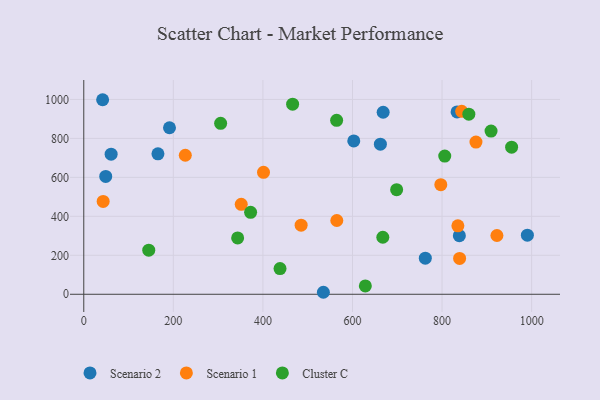
{"axis": {"x": "Study Hours", "y": "Demand"}, "legend": ["Cluster C", "Scenario 1", "Scenario 2"], "data": [{"x": "61.1", "y": 719.2, "type": "Scenario 2"}, {"x": "191.4", "y": 854.6, "type": "Scenario 2"}, {"x": "49.0", "y": 604.8, "type": "Scenario 2"}, {"x": "833.5", "y": 935.8, "type": "Scenario 2"}, {"x": "668.5", "y": 934.2, "type": "Scenario 2"}, {"x": "990.5", "y": 303.1, "type": "Scenario 2"}, {"x": "165.6", "y": 721.1, "type": "Scenario 2"}, {"x": "42.1", "y": 998.5, "type": "Scenario 2"}, {"x": "762.6", "y": 185.4, "type": "Scenario 2"}, {"x": "662.3", "y": 770.4, "type": "Scenario 2"}, {"x": "602.9", "y": 787.1, "type": "Scenario 2"}, {"x": "535.0", "y": 10.3, "type": "Scenario 2"}, {"x": "838.6", "y": 300.9, "type": "Scenario 2"}, {"x": "226.7", "y": 713.6, "type": "Scenario 1"}, {"x": "351.6", "y": 461.9, "type": "Scenario 1"}, {"x": "565.0", "y": 378.6, "type": "Scenario 1"}, {"x": "839.2", "y": 184.2, "type": "Scenario 1"}, {"x": "485.3", "y": 354.5, "type": "Scenario 1"}, {"x": "43.3", "y": 476.7, "type": "Scenario 1"}, {"x": "875.7", "y": 781.4, "type": "Scenario 1"}, {"x": "797.2", "y": 562.3, "type": "Scenario 1"}, {"x": "922.5", "y": 301.6, "type": "Scenario 1"}, {"x": "843.8", "y": 939.2, "type": "Scenario 1"}, {"x": "401.3", "y": 625.7, "type": "Scenario 1"}, {"x": "835.3", "y": 351.5, "type": "Scenario 1"}, {"x": "466.3", "y": 975.6, "type": "Cluster C"}, {"x": "955.3", "y": 755.2, "type": "Cluster C"}, {"x": "806.0", "y": 709.3, "type": "Cluster C"}, {"x": "859.8", "y": 924.4, "type": "Cluster C"}, {"x": "564.6", "y": 893.0, "type": "Cluster C"}, {"x": "305.6", "y": 877.5, "type": "Cluster C"}, {"x": "667.7", "y": 292.8, "type": "Cluster C"}, {"x": "438.2", "y": 132.0, "type": "Cluster C"}, {"x": "145.1", "y": 226.5, "type": "Cluster C"}, {"x": "909.4", "y": 837.4, "type": "Cluster C"}, {"x": "698.6", "y": 536.7, "type": "Cluster C"}, {"x": "372.5", "y": 420.7, "type": "Cluster C"}, {"x": "628.7", "y": 42.8, "type": "Cluster C"}, {"x": "343.6", "y": 289.4, "type": "Cluster C"}]}